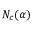
N _ { c } ( \alpha )